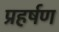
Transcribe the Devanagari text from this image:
प्रहर्षण